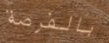
بالفرصة